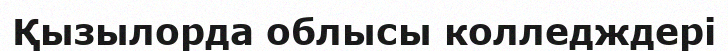
Қызылорда облысы колледждері